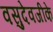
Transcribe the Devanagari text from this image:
वसुदेवजीके